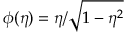
\phi ( \eta ) = \eta / { \sqrt { 1 - \eta ^ { 2 } } }